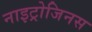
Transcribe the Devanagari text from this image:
नाइट्रोजिनस